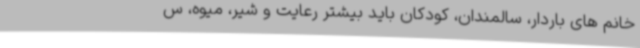
خانم های باردار، سالمندان، کودکان باید بیشتر رعایت و شیر، میوه، س